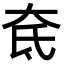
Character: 奃